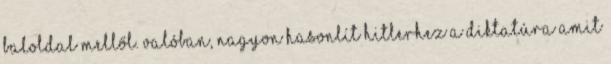
baloldal mellől. Valóban, nagyon hasonlít Hitlerhez a diktatúra amit